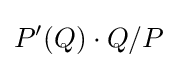
P'(Q)\cdot Q/P